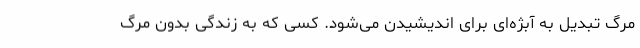
مرگ تبدیل به آبژه‌ای برای اندیشیدن می‌شود. کسی که به زندگی بدون مرگ